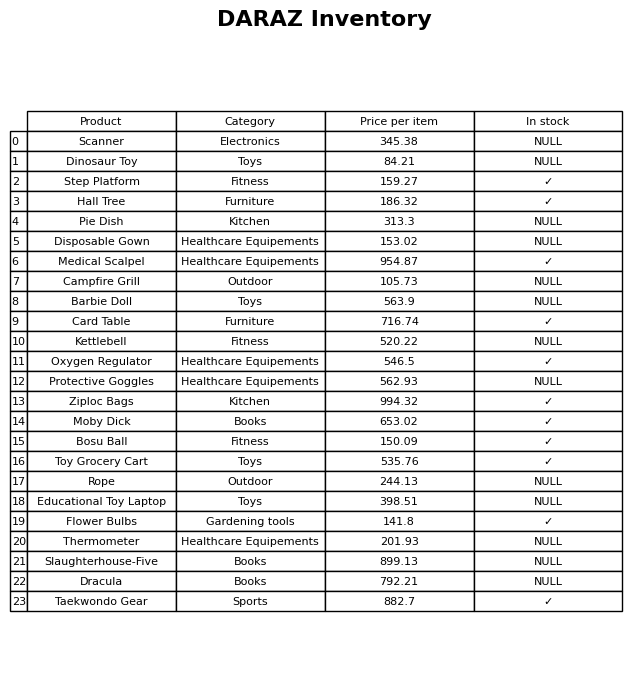
question: What is the price of the Rope?
answer: The price of Rope is 244.13.